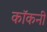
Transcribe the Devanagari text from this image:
कॉकनी